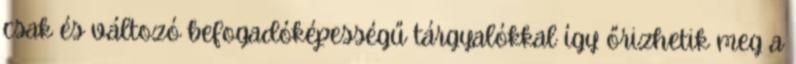
csak és változó befogadóképességű tárgyalókkal így őrizhetik meg a